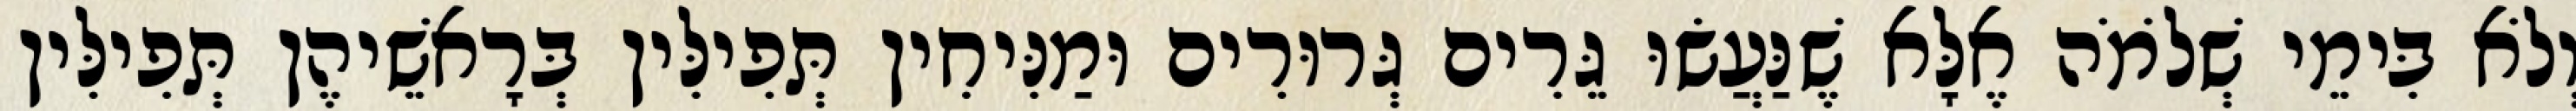
וְלֹא בִּימֵי שְׁלֹמֹה אֶלָּא שֶׁנַּעֲשׂוּ גֵּרִים גְּרוּרִים וּמַנִּיחִין תְּפִילִּין בְּרָאשֵׁיהֶן תְּפִילִּין